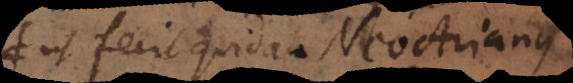
ut fecit quidam NeoArianus